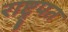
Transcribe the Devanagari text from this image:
राष्ट्र्पत